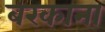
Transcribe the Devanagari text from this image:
बरकाना